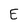
Character: E